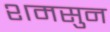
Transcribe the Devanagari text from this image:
शमसुन